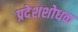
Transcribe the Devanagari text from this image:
प्रदेशशोधक